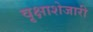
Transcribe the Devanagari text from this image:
वृक्षाशेजारी